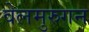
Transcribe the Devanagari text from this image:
वेलमुरुगन